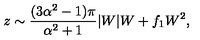
z \sim \frac { ( 3 \alpha ^ { 2 } - 1 ) \pi } { \alpha ^ { 2 } + 1 } | W | W + f _ { 1 } W ^ { 2 } ,